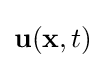
\mathbf {u} (\mathbf {x} ,t)